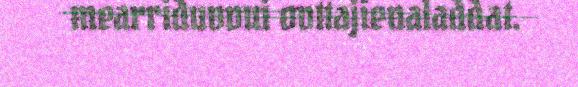
mearriduvvui ovttajienaladdat.